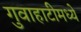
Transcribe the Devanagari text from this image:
गुवाहाटीमध्ये